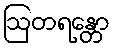
ဩတရန္တော